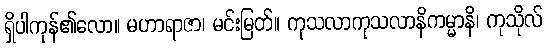
ရှိပါကုန်၏လော။ မဟာရာဇာ၊ မင်းမြတ်။ ကုသလာကုသလာနိကမ္မာနိ၊ ကုသိုလ်